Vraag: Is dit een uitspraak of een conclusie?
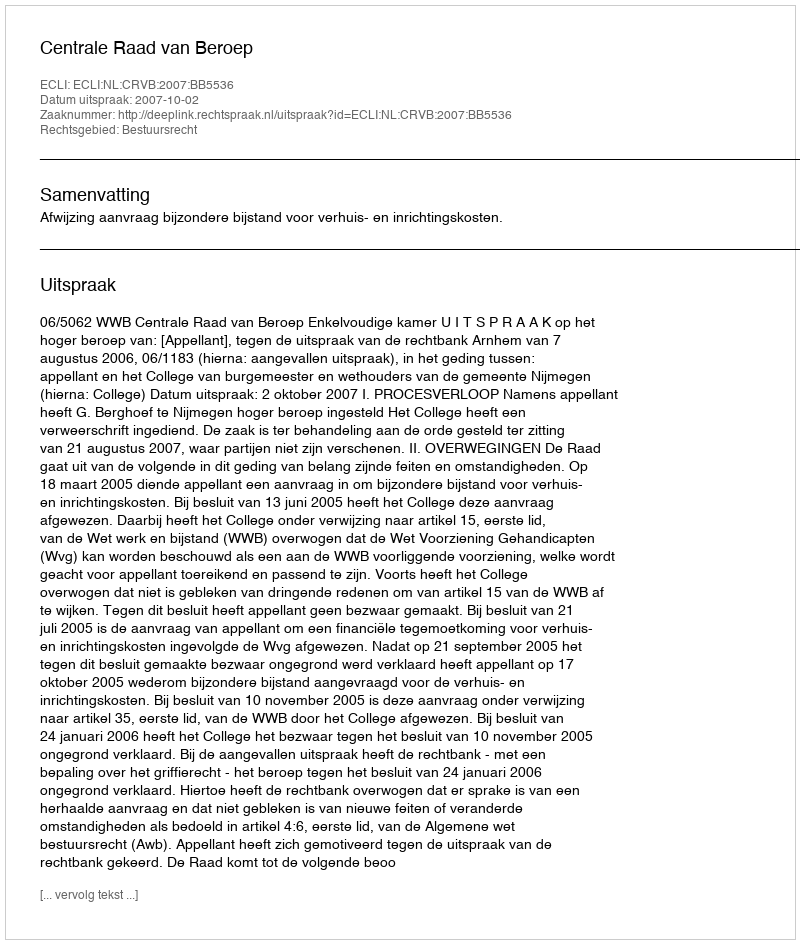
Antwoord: Uitspraak